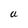
Character: U